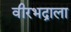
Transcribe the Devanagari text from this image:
वीरभद्राला